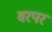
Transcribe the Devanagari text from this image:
वरपर